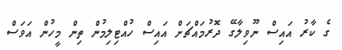
ގެ ކާރު އައިސް ނޫވިލާގޭ ދޮރުމައްޗަށް އައިސް ހުއްޓިލިމުން ތިން މީހުން އަވަސް